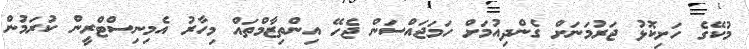
މުކޭގެ ހަށިކޮޅު ޖަރުމަނަށް ގެންދިއުމަށް ހަމަޖައްސަން ޖެހޭ އިންތިޒާމްތައް މިހާރު އެމިނިސްޓްރީން ކުރަމުން